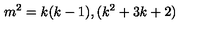
m ^ { 2 } = k ( k - 1 ) , ( k ^ { 2 } + 3 k + 2 )